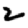
Digit: 2